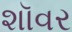
શૉવર